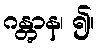
ဂန္တွာန၊ ၍။